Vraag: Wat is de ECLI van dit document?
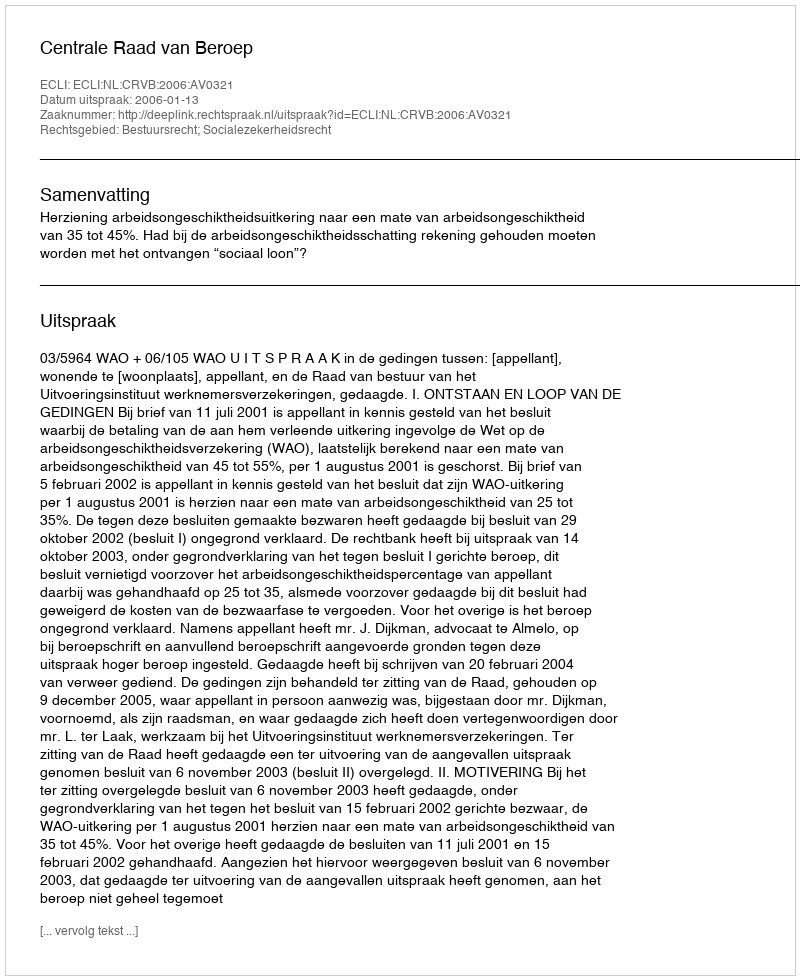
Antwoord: ECLI:NL:CRVB:2006:AV0321